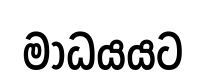
මාධයයට